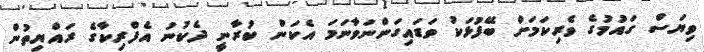
ވިޔަސް ގައުމުގެ ވެރިކަމަށް ބޭފުޅަކު ވަޑައިގަންނަވާނަމަ އެކަން ކުރާނީ ދެކުނު އެފްރިކާގެ ރައްޔިތުން